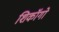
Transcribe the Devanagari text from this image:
शिकॉगो